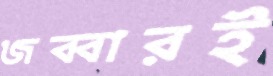
জব্বারই